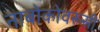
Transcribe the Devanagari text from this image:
नाबोकोवरूसी